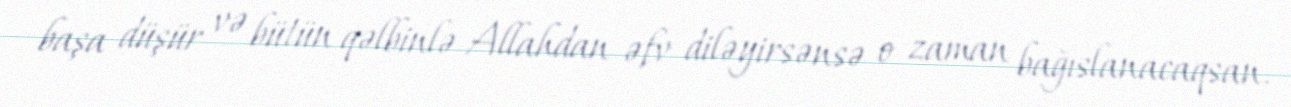
başa düşür və bütün qəlbinlə Allahdan əfv diləyirsənsə o zaman bağıslanacaqsan.